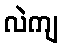
လဲကျ